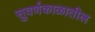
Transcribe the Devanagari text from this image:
सुवर्णकाळातील